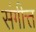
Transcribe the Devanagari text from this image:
संगीत्त